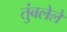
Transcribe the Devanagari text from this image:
तुंबलेले